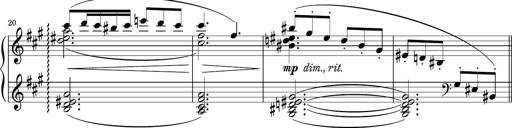
Title: Sonatina PandemÃ³nium
Composer: VÃ­ctor Carbajo
Key: C major